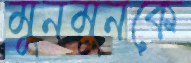
মুনমুনকে